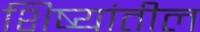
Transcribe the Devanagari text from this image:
शिष्यांतील